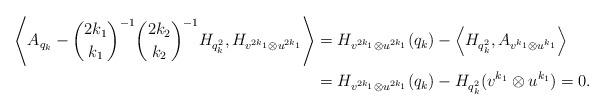
LaTeX: \begin{align*}\left\langle A_{q_k}-\binom{2k_1}{k_1}^{-1}\binom{2k_2}{k_2}^{-1} H_{q_k^2}, H_{v^{2k_1}\otimes u^{2k_1}}\right\rangle &= H_{v^{2k_1}\otimes u^{2k_1}}(q_k)-\left\langle H_{q_k^2}, A_{v^{k_1}\otimes u^{k_1}}\right\rangle \\& = H_{v^{2k_1}\otimes u^{2k_1}}(q_k)-H_{q_k^2}(v^{k_1}\otimes u^{k_1})=0.\end{align*}